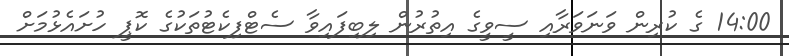
14:00 ގެ ކުރިން ވަނަވަރާއި ސީވީގެ އިތުރުން ލިބިފައިވާ ސެޓްފިކެޓުތަކުގެ ކޮޕީ ހުށައެޅުމަށް